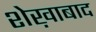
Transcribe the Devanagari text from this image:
शेख़ाबाद